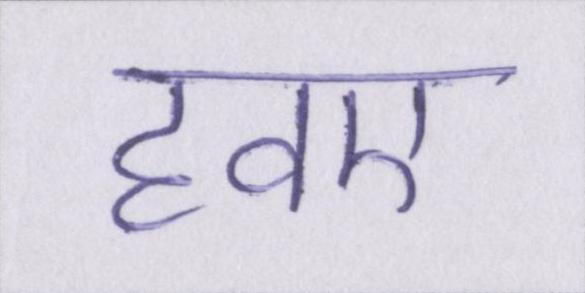
हवए